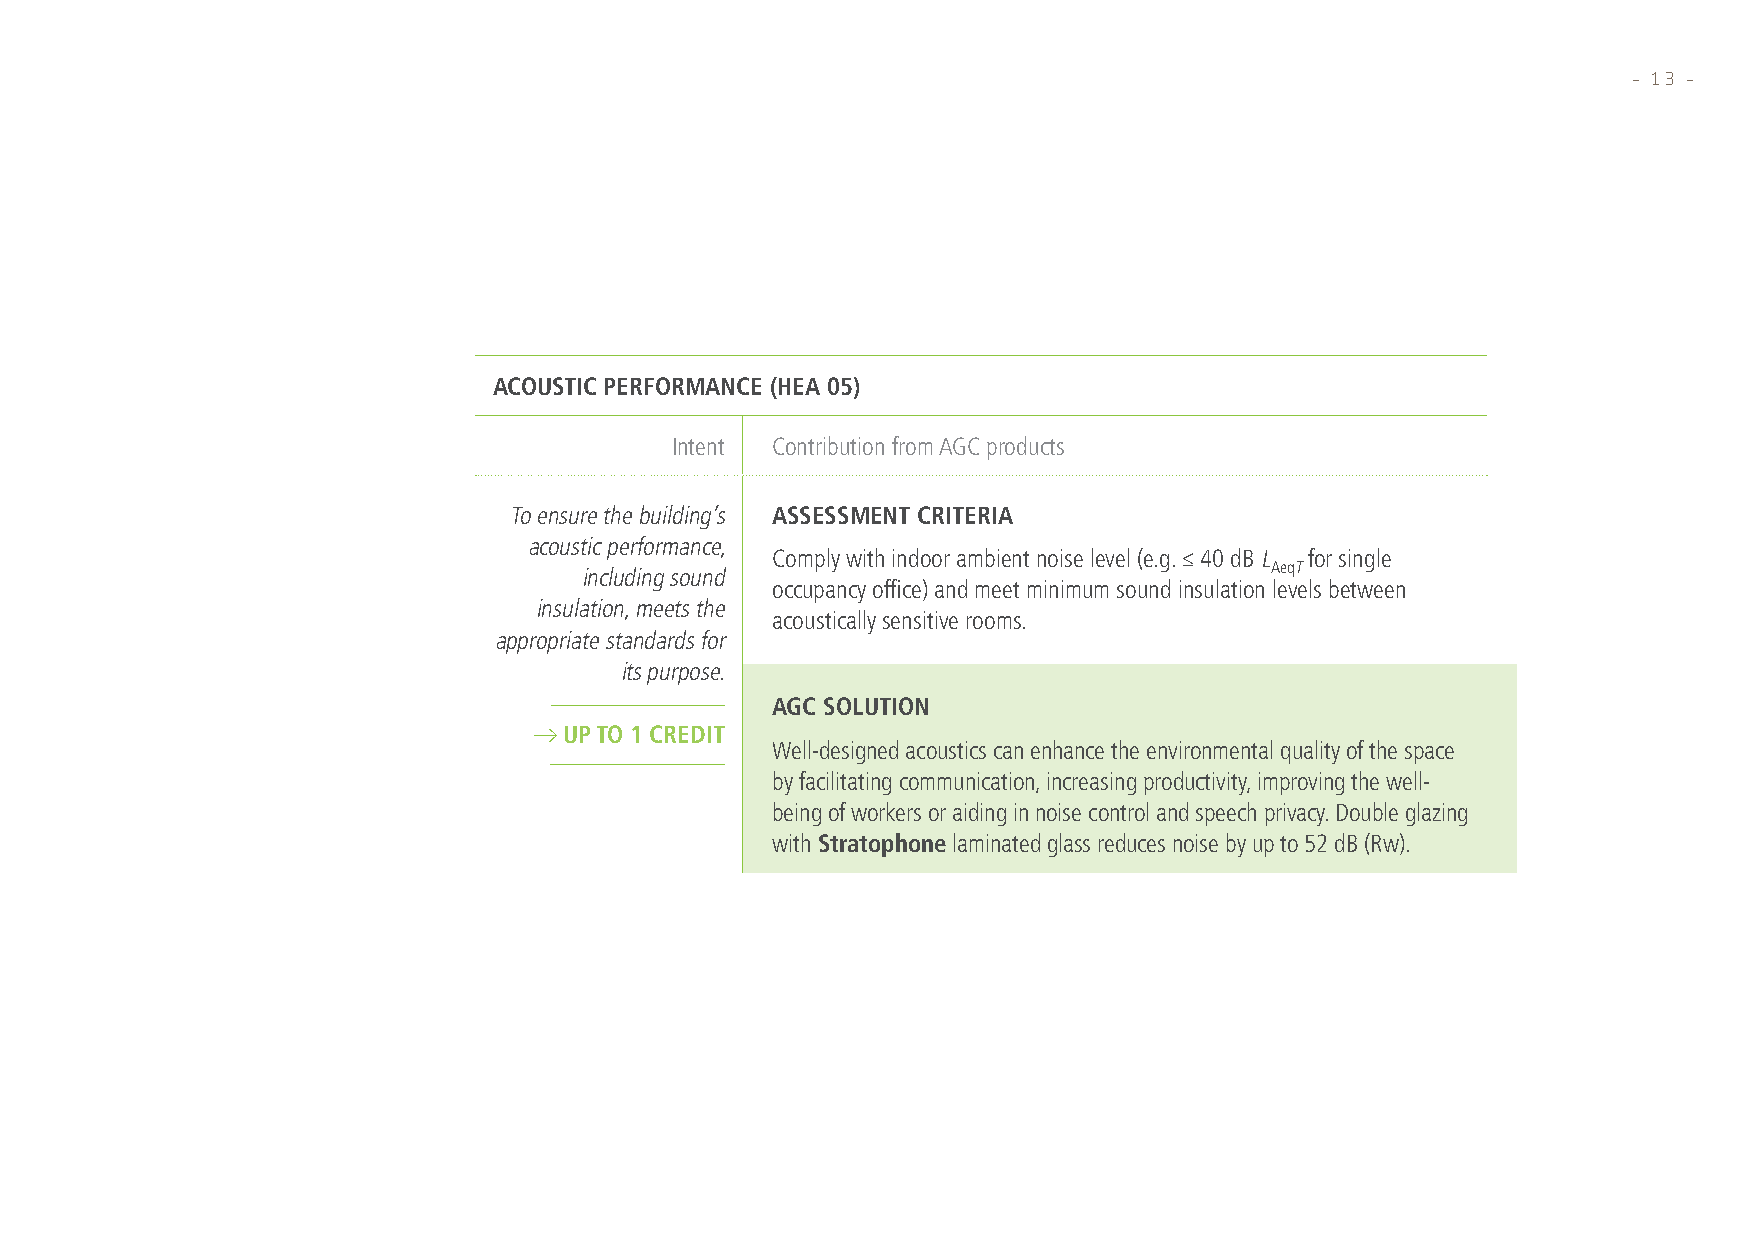
– 13 –
 ACOUSTIC PERFORMANCE (HEA 05)
 Intent Contribution from AGC products
 To ensure the building’s ASSESSMENT CRITERIA
 acoustic performance,
 Comply with indoor ambient noise level (e.g. ≤ 40 dB L for single
 AeqT
 including sound
 occupancy office) and meet minimum sound insulation levels between
 insulation, meets the
 acoustically sensitive rooms.
 appropriate standards for
 its purpose.
 AGC SOLUTION
 UP TO 1 CREDIT
 Well-designed acoustics can enhance the environmental quality of the space
 by facilitating communication, increasing productivity, improving the well-
 being of workers or aiding in noise control and speech privacy. Double glazing
 with Stratophone laminated glass reduces noise by up to 52 dB (Rw).